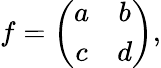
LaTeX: f=\left(\begin{array}{cc}{{a}}&{{b}}\\ {{c}}&{{d}}\end{array}\right),